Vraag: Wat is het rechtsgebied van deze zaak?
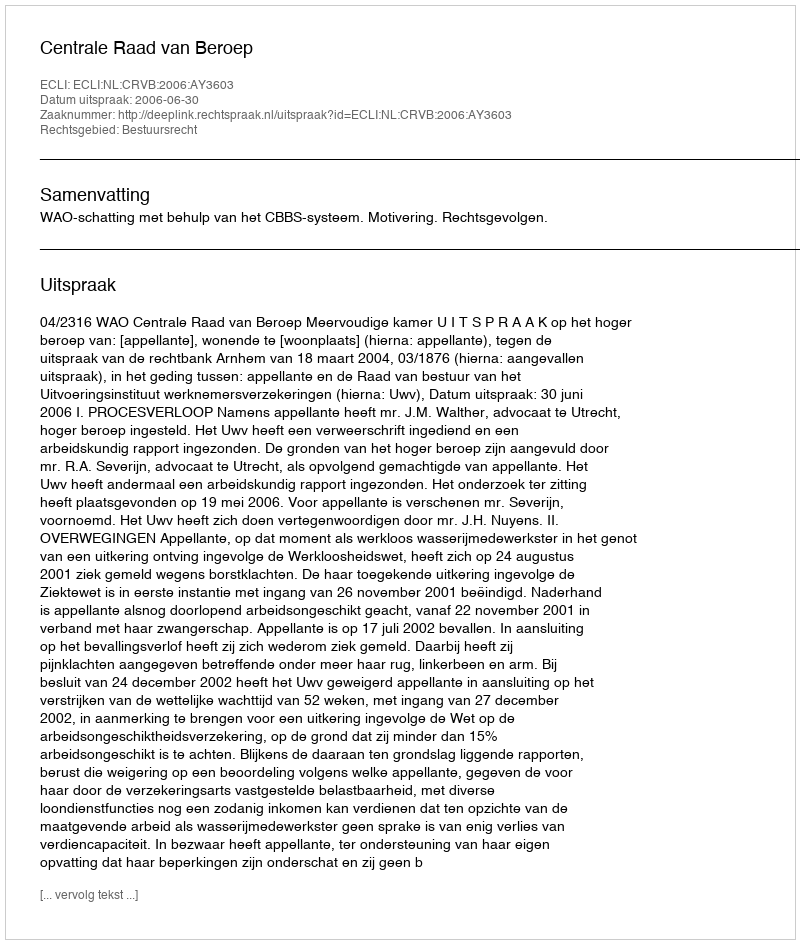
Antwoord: Bestuursrecht